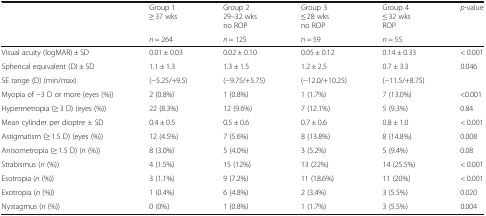
| <ROWSPAN=2>  | Group 1≥ 37 wks | Group 229–32 wksno ROP | Group 3≤ 28 wksno ROP | Group 4≤ 32 wksROP | <ROWSPAN=2> p-value |
 | n = 264 | n = 125 | n = 59 | n = 55 |
 | --- | --- | --- | --- | --- | --- |
 | Visual acuity (logMAR) ± SD | 0.01 ± 0.03 | 0.02 ± 0.10 | 0.05 ± 0.12 | 0.14 ± 0.33 | < 0.001 |
 | Spherical equivalent (D) ± SD | 1.1 ± 1.3 | 1.3 ± 1.5 | 1.2 ± 2.5 | 0.7 ± 3.3 | 0.046 |
 | SE range (D) (min/max) | (−5.25/+9.5) | (−9.75/+5.75) | (−12.0/+10.25) | (−11.5/+8.75) |  |
 | Myopia of −3 D or more (eyes (%)) | 2 (0.8%) | 1 (0.8%) | 1 (1.7%) | 7 (13.0%) | <0.001 |
 | Hypermetropia (≥ 3 D) (eyes (%)) | 22 (8.3%) | 12 (9.6%) | 7 (12.1%) | 5 (9.3%) | 0.84 |
 | Mean cylinder per dioptre ± SD | 0.4 ± 0.5 | 0.5 ± 0.6 | 0.7 ± 0.6 | 0.8 ± 1.0 | < 0.001 |
 | Astigmatism (≥ 1.5 D) (eyes (%)) | 12 (4.5%) | 7 (5.6%) | 8 (13.8%) | 8 (14.8%) | 0.008 |
 | Anisometropia (≥ 1.5 D) (n (%)) | 8 (3.0%) | 5 (4.0%) | 3 (5.2%) | 5 (9.4%) | 0.08 |
 | Strabismus (n (%)) | 4 (1.5%) | 15 (12%) | 13 (22%) | 14 (25.5%) | < 0.001 |
 | Esotropia (n (%)) | 3 (1.1%) | 9 (7.2%) | 11 (18.6%) | 11 (20%) | < 0.001 |
 | Exotropia (n (%)) | 1 (0.4%) | 6 (4.8%) | 2 (3.4%) | 3 (5.5%) | 0.020 |
 | Nystagmus (n (%)) | 0 (0%) | 1 (0.8%) | 1 (1.7%) | 3 (5.5%) | 0.004 |